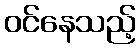
ဝင်နေသည့်